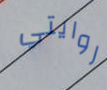
روايتي